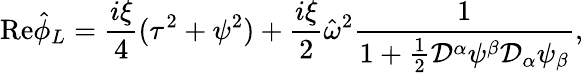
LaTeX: {\mathrm{Re}}\hat{\phi}_{L}=\frac{i\xi}{4}(\tau^{2}+\psi^{2})+\frac{i\xi}{2}\hat{\omega}^{2}\frac{1}{1+\frac{1}{2}{\cal D}^{\alpha}\psi^{\beta}{\cal D}_{\alpha}\psi_{\beta}},